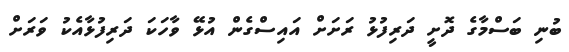
ބުނި ބަސްމާގެ ދޮށީ ދަރިފުޅު ރަށަށް އައިސްގެން އުޅޭ ވާހަކަ ދަރިފުޅާއެކު ވަރަށް